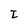
Character: I